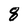
Character: 8